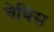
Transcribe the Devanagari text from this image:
चेचिस